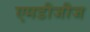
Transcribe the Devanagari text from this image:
एमडीजीज